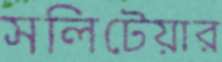
সলিটেয়ার